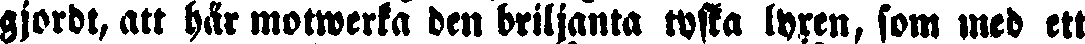
gjordt, att här motwerka den briljanta tyska lyren, som med ett